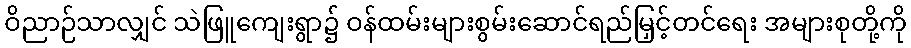
ဝိညာဉ်သာလျှင် သဲဖြူကျေးရွာ၌ ဝန်ထမ်းများစွမ်းဆောင်ရည်မြှင့်တင်ရေး အများစုတို့ကို